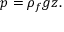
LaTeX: p = \rho _ { f } g z .